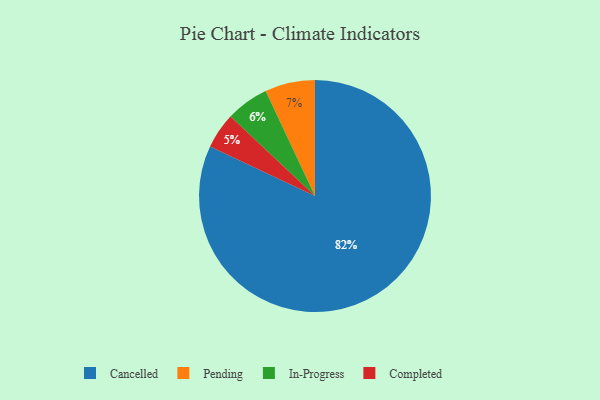
{"axis": {"x": "Category", "y": "Percentage"}, "legend": ["Cancelled", "Completed", "In-Progress", "Pending"], "data": [{"x": "Cancelled", "y": 82, "type": "Cancelled"}, {"x": "Completed", "y": 5, "type": "Completed"}, {"x": "In-Progress", "y": 6, "type": "In-Progress"}, {"x": "Pending", "y": 7, "type": "Pending"}]}